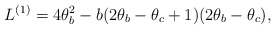
\begin{align*}L^{(1)}= 4\theta_b^2 - b (2\theta_b - \theta_c + 1)(2\theta_b - \theta_c),\end{align*}